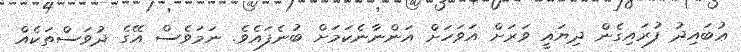
ޢުބައިދު ފުރައިގެން ދިޔައީ ވަރަށް އަވަހަށް އަންނާނެކަމަށް ބުނެފައެވެ. ނަމަވެސް އޭގެ ދުވަސްތަކެއް